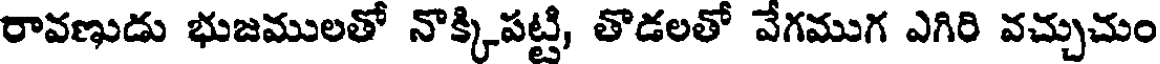
రావణుడు భుజములతో నొక్కిపట్టి, తొడలతో వేగముగ ఎగిరి వచ్చుచుం